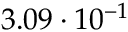
3 . 0 9 \cdot 1 0 ^ { - 1 }